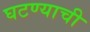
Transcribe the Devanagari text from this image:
घटण्याची